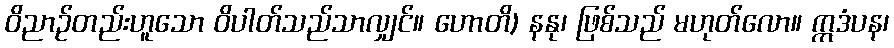
ဝိညာဉ်တည်းဟူသော ဝိပါတ်သည်သာလျှင်။ ဟောတိ) နနု၊ ဖြစ်သည် မဟုတ်လော။ ဣဒံပန၊